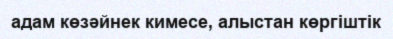
адам көзәйнек кимесе, алыстан көргіштік